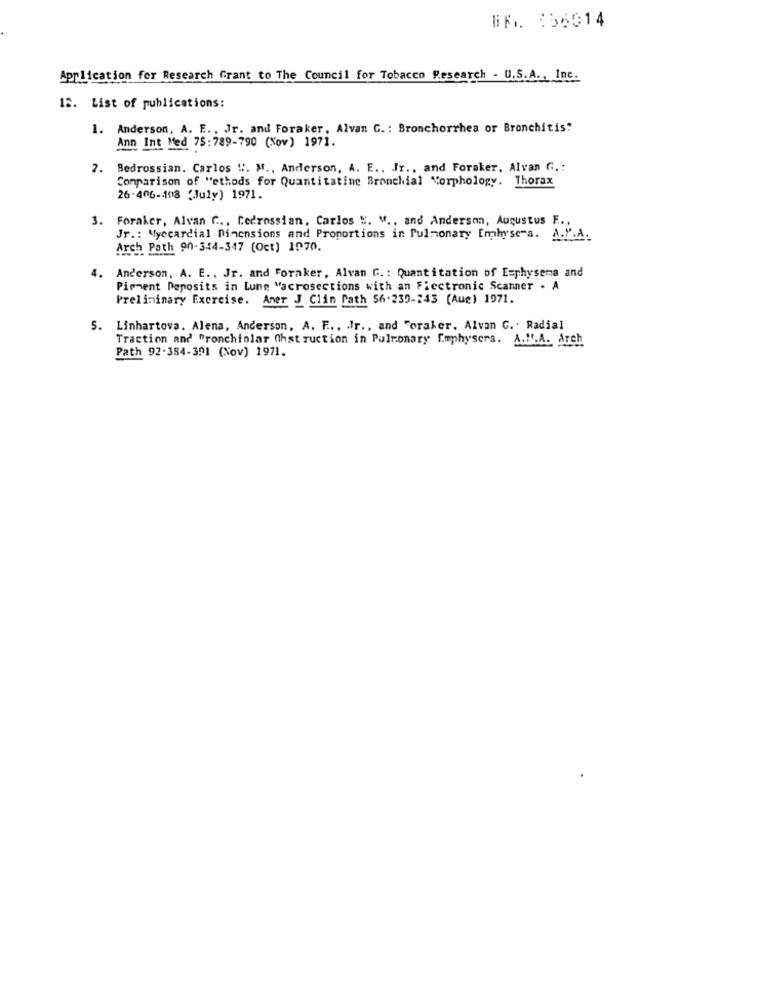
BK. 156014
Application for Research Grant to The Council for Tobacco Research - U.S.A ., Inc.
12. List of publications:
1. Anderson, A. E ., Jr. and Foraker, Alvan G. : Bronchorrhea or Bronchitis?
Ann Int Med 75:789-790 (Nov) 1971.
2. Bedrossian. Carlos !!. M ., Anderson, A. E ., Jr ., and Foraker. Alvan G .:
Comparison of "ethods for Quantitatine Bronchial Morphology. Thorax
26-406-108 (July) 1971.
3. Foraker, Alvan C ., Cedrossian, Carlos ". W ., and Anderson, Augustus F.
Jr .: Myocardial Dimensions and Proportions in Pulmonary Emphyse"s. A."'.A.
Arch Path 90-344-347 (Oct) 1970.
4. Anderson, A. E ., Jr. and Foraker, Alvan G .: Quantitation of Emphysema and
Pigment Deposits in Lune "acrosections with an Fiectronic Scanner - A
Preliminary Exercise. Aner J Clin Path 56.239-243 (Aue) 1971.
S. Linhartova. Alena, Anderson, A. F .., Jr ., and "oraker. Alvan G .. Radial
Traction and "ronchiolar Ohstruction in Pulmonary fmphysera. A.W.A. Arch
Path 92-384-391 (Nov) 1971.